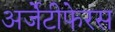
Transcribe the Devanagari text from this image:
अर्जेंटीफेरस